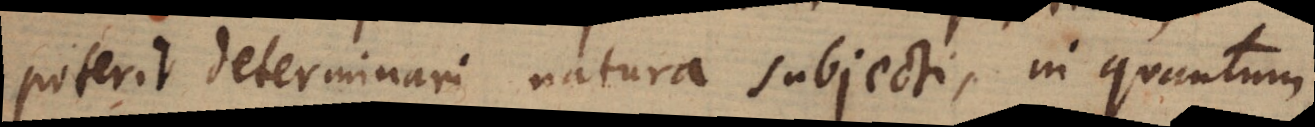
poterit determinari natura subjecti, in quantum